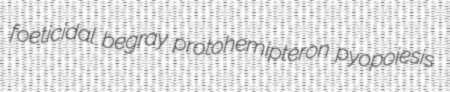
foeticidal begray protohemipteron pyopoiesis